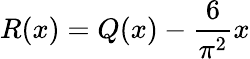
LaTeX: R(x)=Q(x)-{\frac{6}{\pi^{2}}}x